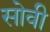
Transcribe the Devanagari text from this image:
सोवी